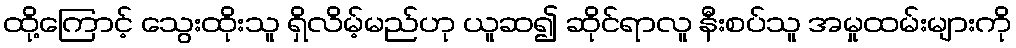
ထို့ကြောင့် သွေးထိုးသူ ရှိလိမ့်မည်ဟု ယူဆ၍ ဆိုင်ရာလူ နီးစပ်သူ အမှုထမ်းများကို